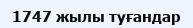
1747 жылы туғандар